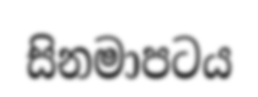
සිනමාපටය